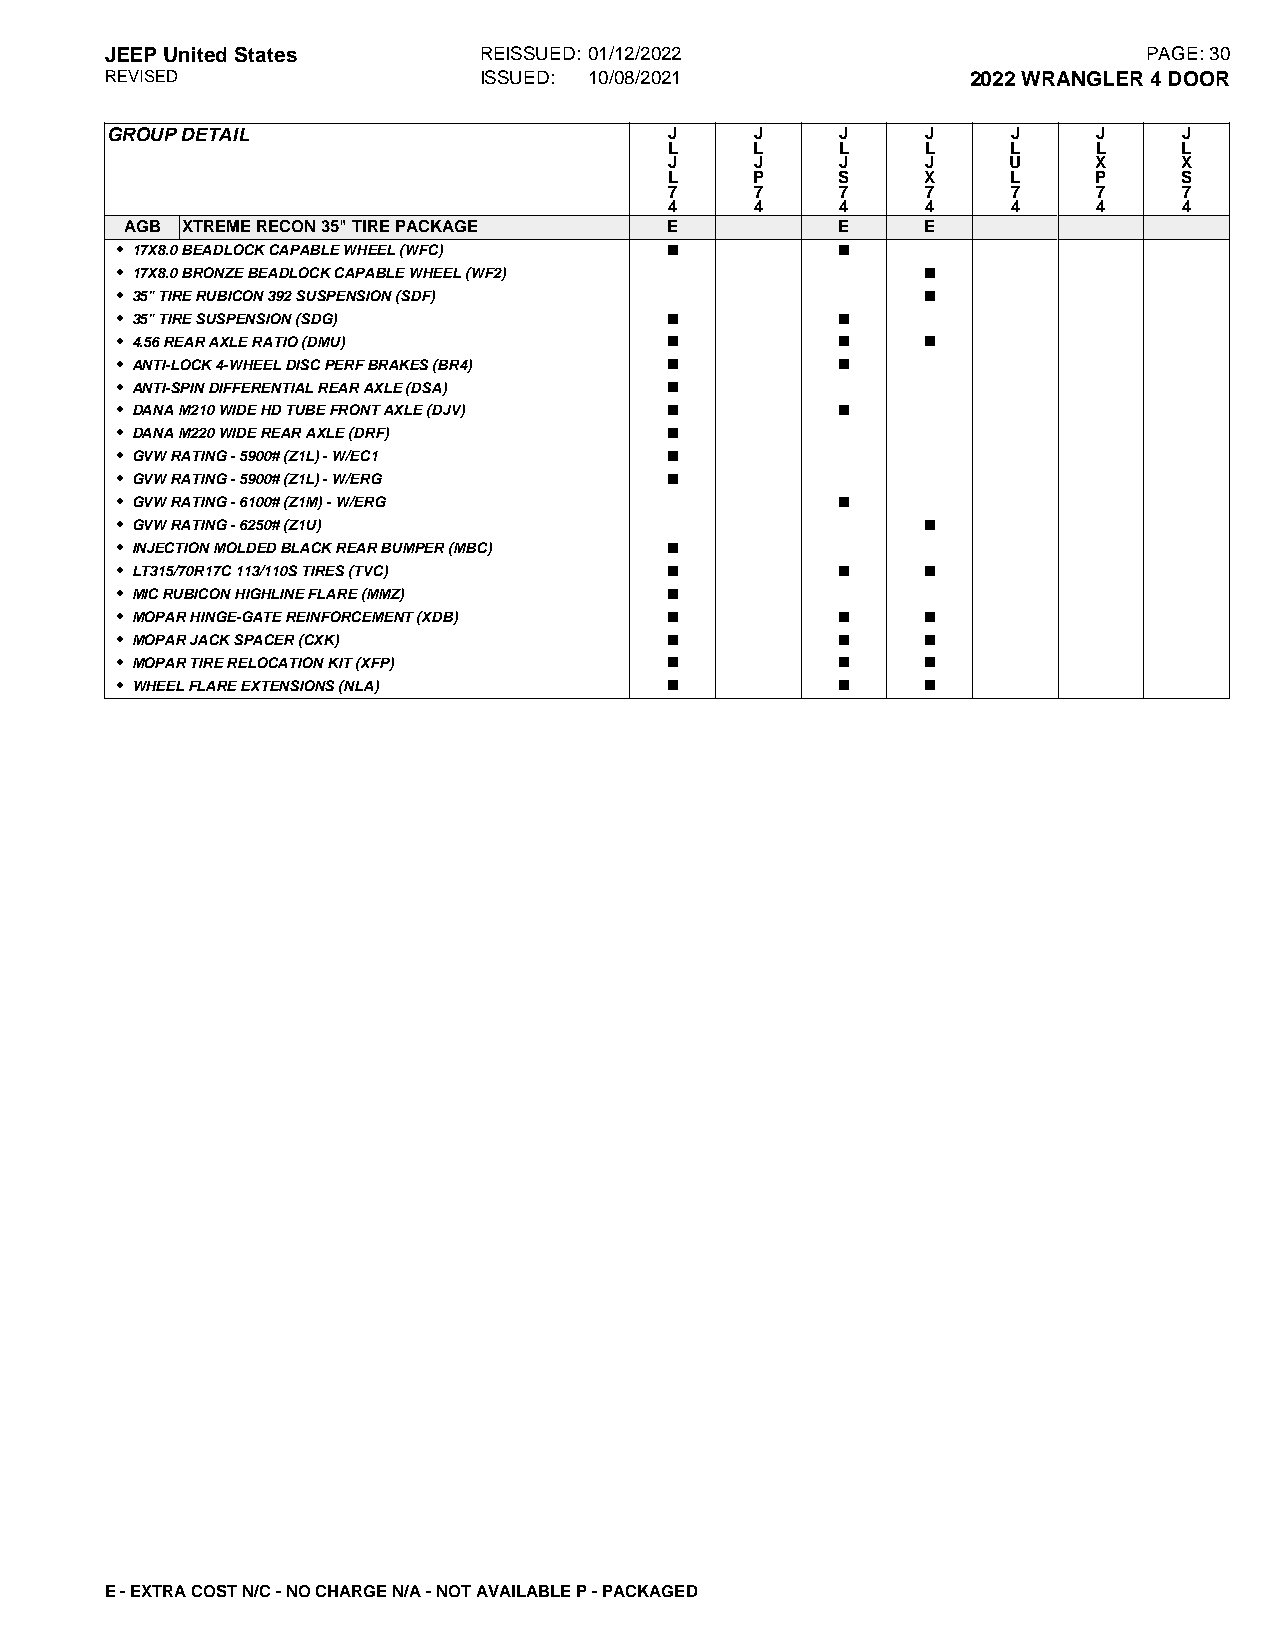
JEEPUnitedStates         REISSUED: 01/12/2022                        PAGE:30
 REVISED                  ISSUED: 10/08/2021              2022WRANGLER4DOOR
 GROUPDETAIL                          J     J     J    J     J     J    J
 L     L     L    L     L     L    L
 J     J     J    J     U     X    X
 L     P     S    X     L     P    S
 7     7     7    7     7     7    7
 4     4     4    4     4     4    4
 AGB XTREMERECON35"TIREPACKAGE       E           E    E
 • 17X8.0BEADLOCKCAPABLEWHEEL(WFC)   n           n
 • 17X8.0BRONZEBEADLOCKCAPABLEWHEEL(WF2)              n
 • 35"TIRERUBICON392SUSPENSION(SDF)                   n
 • 35"TIRESUSPENSION(SDG)            n           n
 • 4.56REARAXLERATIO(DMU)            n           n    n
 • ANTI-LOCK4-WHEELDISCPERFBRAKES(BR4) n         n
 • ANTI-SPINDIFFERENTIALREARAXLE(DSA) n
 • DANAM210WIDEHDTUBEFRONTAXLE(DJV)  n           n
 • DANAM220WIDEREARAXLE(DRF)         n
 • GVWRATING-5900#(Z1L)-W/EC1        n
 • GVWRATING-5900#(Z1L)-W/ERG        n
 • GVWRATING-6100#(Z1M)-W/ERG                    n
 • GVWRATING-6250#(Z1U)                               n
 • INJECTIONMOLDEDBLACKREARBUMPER(MBC) n
 • LT315/70R17C113/110STIRES(TVC)    n           n    n
 • MICRUBICONHIGHLINEFLARE(MMZ)      n
 • MOPARHINGE-GATEREINFORCEMENT(XDB) n           n    n
 • MOPARJACKSPACER(CXK)              n           n    n
 • MOPARTIRERELOCATIONKIT(XFP)       n           n    n
 • WHEELFLAREEXTENSIONS(NLA)         n           n    n
 E-EXTRACOSTN/C-NOCHARGEN/A-NOTAVAILABLEP-PACKAGED